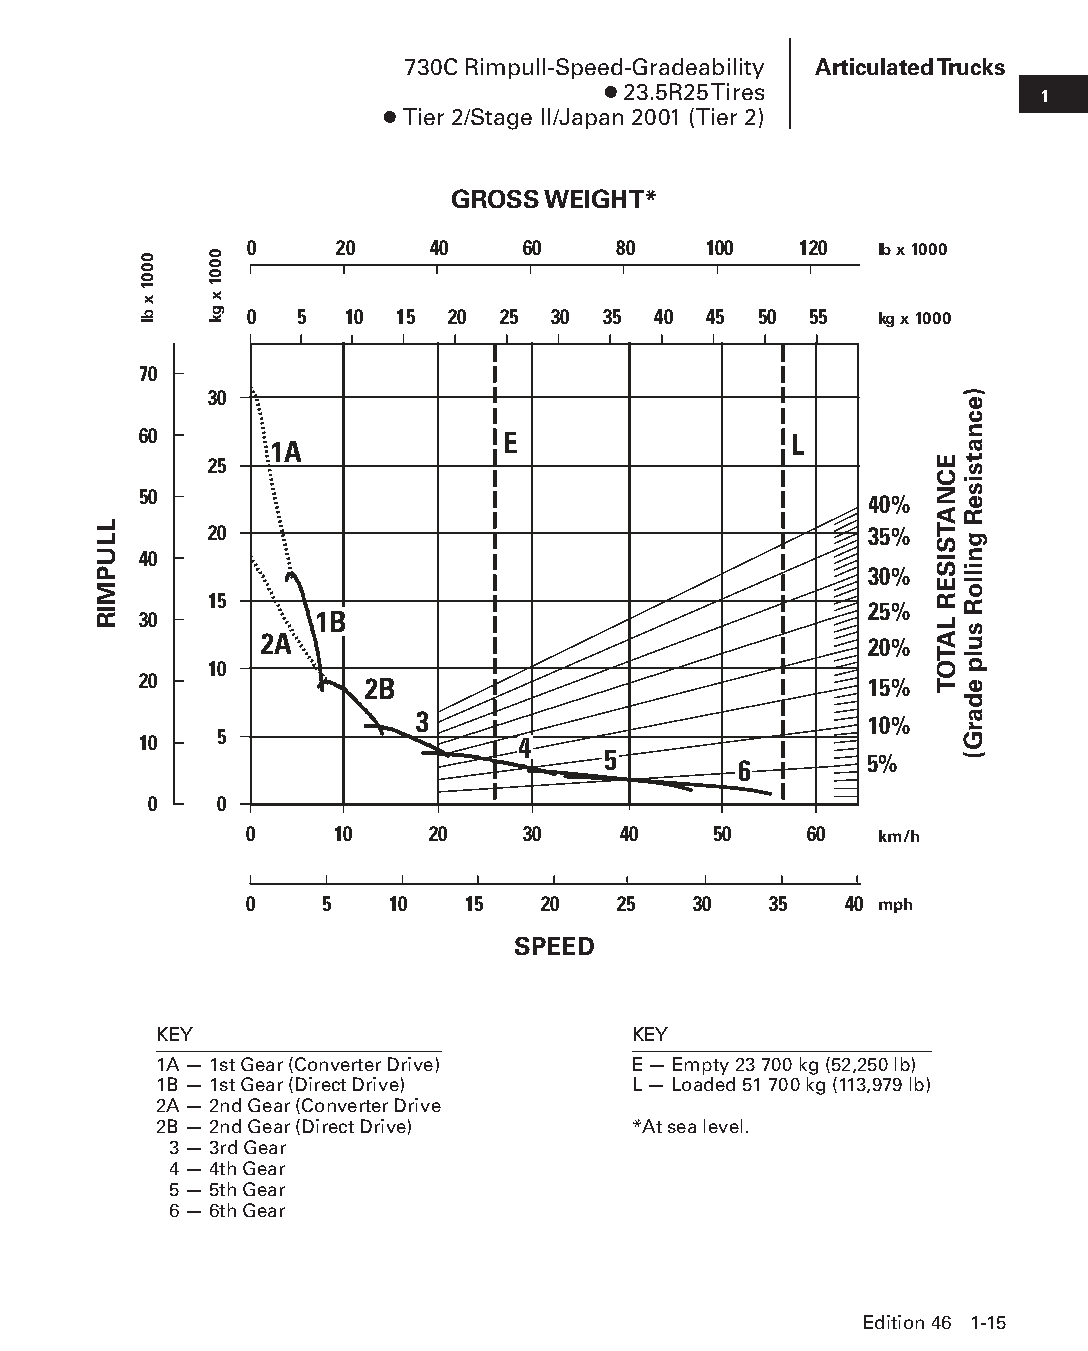
730C Rimpull-Speed-Gradeability Articulated Trucks
 ● 23.5R25 Tires              1
 ● Tier 2/Stage II/Japan 2001 (Tier 2)
 GROSS WEIGHT*
 0     20    40    60    80    100   120
 lb x 1000
 0  5  10  15 20 25  30 35  40 45  50 55  kg x 1000
 70
 30
 60                      E                  L
 1A
 25
 50                                              40%
 20                                          35%
 40
 30%
 15
 25%
 30         1B
 2A
 20%
 10
 20             2B                               15%
 3
 10%
 10   5                   4
 5
 6        5%
 0    0
 0    10     20    30    40     50    60
 km/h
 0    5   10   15   20   25   30   35   40
 mph
 SPEED
 KEY                            KEY
 1A — 1st Gear (Converter Drive) E — Empty 23 700 kg (52,250 lb)
 1B — 1st Gear (Direct Drive)   L — Loaded 51 700 kg (113,979 lb)
 2A — 2nd Gear (Converter Drive
 2B — 2nd Gear (Direct Drive)   *At sea level.
 3 — 3rd Gear
 4 — 4th Gear
 5 — 5th Gear
 6 — 6th Gear
 Edition 46 1-15
 PPHHBB--SSeecc0011--1166..iinndddd 1155                        1122//44//1155 1100::2244 AAMM
 LLUPMIR
 0001
 x
 bl
 0001
 x
 gk
 ECNATSISER
 LATOT
 )ecnatsiseR
 gnilloR
 sulp
 edarG(